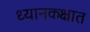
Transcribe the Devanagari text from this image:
ध्यानकक्षात